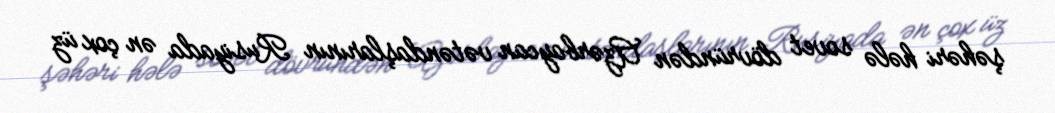
şəhəri hələ sovet dövründən Azərbaycan vətəndaşlarının Rusiyada ən çox üz